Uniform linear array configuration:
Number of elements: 64
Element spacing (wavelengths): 0.5
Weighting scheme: hann
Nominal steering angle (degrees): -60
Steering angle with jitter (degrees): -59.2
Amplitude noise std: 0.05
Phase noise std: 0.05

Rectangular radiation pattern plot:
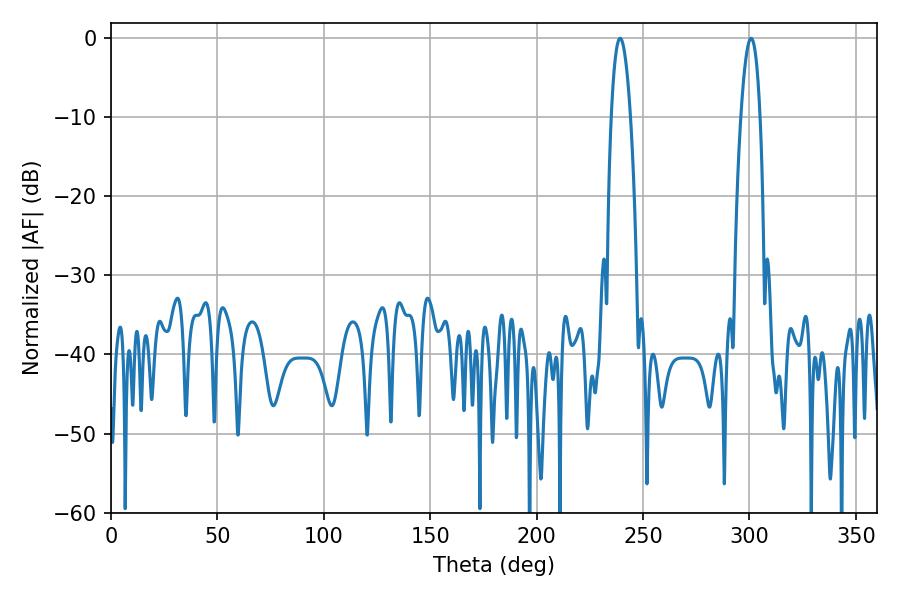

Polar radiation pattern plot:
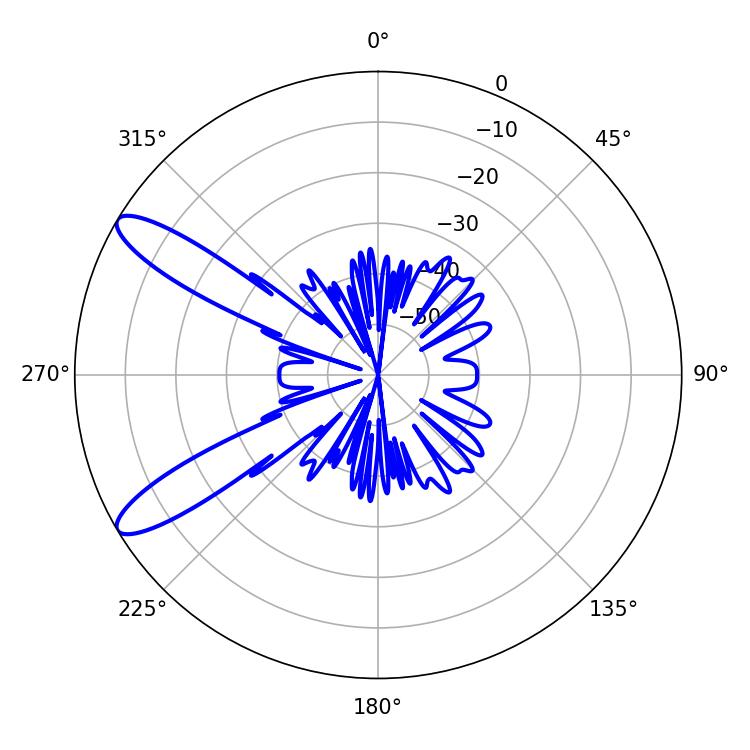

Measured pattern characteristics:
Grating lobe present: FALSE
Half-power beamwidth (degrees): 4.86
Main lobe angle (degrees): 239.22